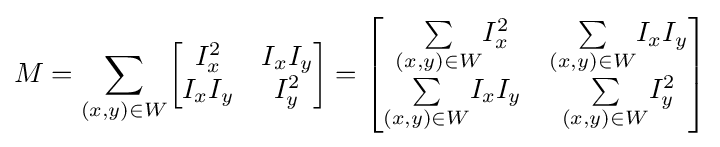
M={\underset {(x,y)\in W}{\sum }}{\begin{bmatrix}I_{x}^{2}&I_{x}I_{y}\\I_{x}I_{y}&I_{y}^{2}\end{bmatrix}}={\begin{bmatrix}{\underset {(x,y)\in W}{\sum }}I_{x}^{2}&{\underset {(x,y)\in W}{\sum }}I_{x}I_{y}\\{\underset {(x,y)\in W}{\sum }}I_{x}I_{y}&{\underset {(x,y)\in W}{\sum }}I_{y}^{2}\end{bmatrix}}